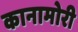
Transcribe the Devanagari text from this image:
कानामोरी